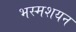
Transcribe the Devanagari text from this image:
भस्मशयन